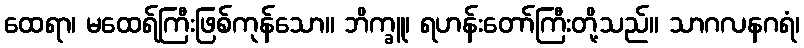
ထေရာ၊ မထေရ်ကြီးဖြစ်ကုန်သော။ ဘိက္ခူ၊ ရဟန်းတော်ကြီးတို့သည်။ သာဂလနဂရံ၊